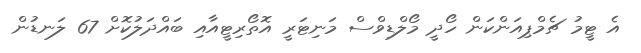
އެ ޓީމު ޗެމްޕިއަންކަން ހޯދީ މޯލްޑިވްސް މަނިޓަރީ އޮތޯރިޓީއާއި ބައްދަލުކޮށް 67 ލަނޑުން